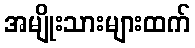
အမျိုးသားများထက်